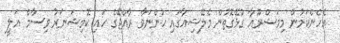
އެހެންކަމުން މިމަޝްރޫއާ ގުޅޭގޮތުން މެލޭޝިއާގައި ހުންނަވާ ރާއްޖޭގެ ހައި ކޮމިޝަނަރު ވިސާމް އަލީ